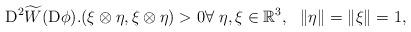
LaTeX: \begin{align*}{\rm D}^2\widetilde{W}({\rm D}\phi).(\xi\otimes\eta,\xi\otimes\eta)>0\forall\ \eta, \xi\in \mathbb{R}^3, \ \ \lVert \eta\rVert=\lVert \xi\rVert=1,\end{align*}